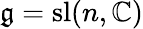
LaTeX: {\mathfrak{g}}=\mathrm{sl}(n,\mathbb{C})